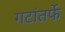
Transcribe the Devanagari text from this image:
गटांतर्फे